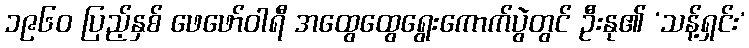
၁၉၆၀ ပြည့်နှစ် ဖေဖော်ဝါရီ အထွေထွေရွေးကောက်ပွဲတွင် ဦးနု၏ ‘သန့်ရှင်း’